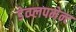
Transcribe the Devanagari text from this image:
डेव्प्लपमेन्ट